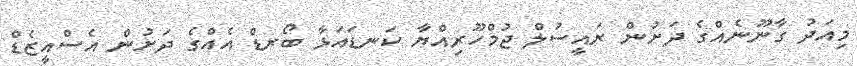
މިއަދު ގާނޫނެއްގެ ދަށުން ރައީސުލް ޖުމްހޫރިއްޔާ ކަނޑައަޅާ ބޯރޑް އެއްގެ ދަށުން އެސްއީޒެޑް